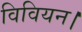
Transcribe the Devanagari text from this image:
विवियन।